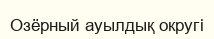
Озёрный ауылдық округі